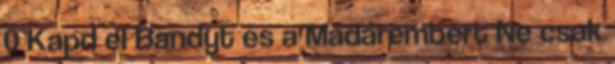
0 Kapd el Bandyt és a Madárembert Ne csak